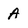
Character: A